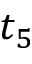
t _ { 5 }